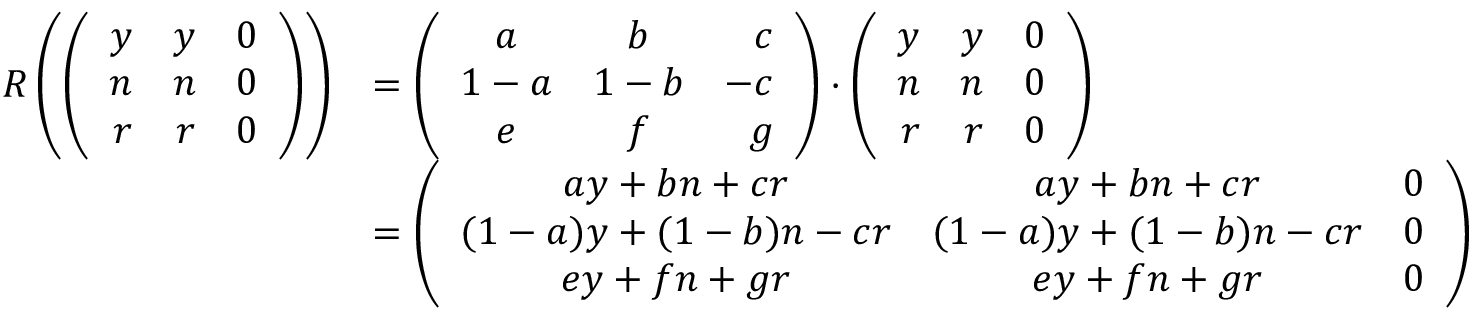
\begin{array} { r l } { R \left( \left( \begin{array} { r r r } { y } & { y } & { 0 } \\ { n } & { n } & { 0 } \\ { r } & { r } & { 0 } \end{array} \right) \right) } & { = \left( \begin{array} { c c r } { a } & { b } & { c } \\ { 1 - a } & { 1 - b } & { - c } \\ { e } & { f } & { g } \end{array} \right) \cdot \left( \begin{array} { r r r } { y } & { y } & { 0 } \\ { n } & { n } & { 0 } \\ { r } & { r } & { 0 } \end{array} \right) } \\ & { = \left( \begin{array} { c c c } { a y + b n + c r } & { a y + b n + c r } & { 0 } \\ { ( 1 - a ) y + ( 1 - b ) n - c r } & { ( 1 - a ) y + ( 1 - b ) n - c r } & { 0 } \\ { e y + f n + g r } & { e y + f n + g r } & { 0 } \end{array} \right) } \end{array}